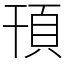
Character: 頇